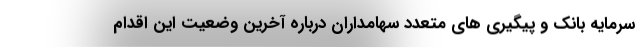
سرمایه بانک و پیگیری های متعدد سهامداران درباره آخرین وضعیت این اقدام